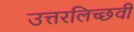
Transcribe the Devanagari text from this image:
उत्तरलिच्छवी